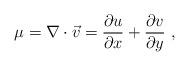
LaTeX: \begin{align*}\mu = \nabla \cdot \vec{v} = \frac{ \partial u }{ \partial x} + \frac{ \partial v }{ \partial y}~,\end{align*}